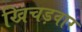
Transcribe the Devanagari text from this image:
खिचड़वार